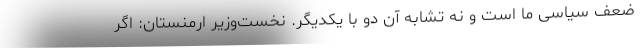
ضعف سیاسی ما است و نه تشابه آن دو با یکدیگر. نخست‌وزیر ارمنستان: اگر